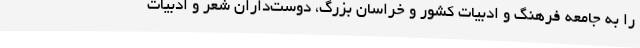
را به جامعه فرهنگ و ادبیات کشور و خراسان بزرگ، دوست‌داران شعر و ادبیات